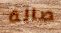
صالة